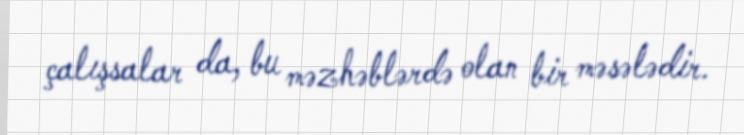
çalışsalar da, bu məzhəblərdə olan bir məsələdir.